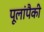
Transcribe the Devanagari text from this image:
पूलांपैकी